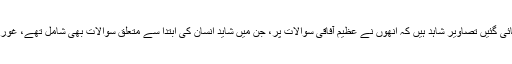
غاروں کے اندر پائی گئیں تصاویر شاہد ہیں کہ انھوں نے عظیم آفاقی سوالات پر، جن میں شاید انسان کی ابتدا سے متعلق سوالات بھی شامل تھے، غور شروع کر دیا تھا۔